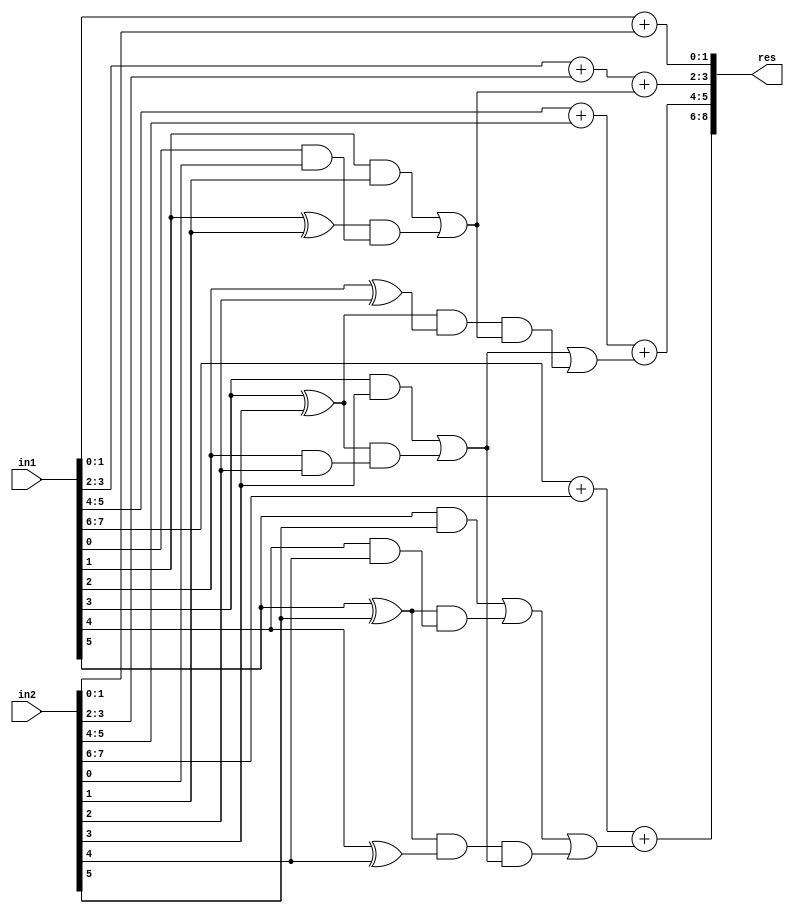
module GDA_St_N8_M4_P4(
    input  [7:0] in1,
    input  [7:0] in2,
    output [8:0] res
    );

wire [2:0] 	temp1, temp2, temp3, temp4;
wire 			carry_pred_1,carry_pred_2;

//C2
wire 			g0,g1,p0,p1;
wire			p1g0;
wire 			c2;

and and_0(g0,in1[0],in2[0]);
and and_1(g1,in1[1],in2[1]);
xor xor_0(p0,in1[0],in2[0]);
xor xor_1(p1,in1[1],in2[1]);

and and_2(p1g0,p1,g0);
or  or_1 (c2,g1,p1g0);

//C4
wire 			g2,g3,p2,p3;
wire			p3g2;
wire 			c4,p3p2,p3p2c2;

and and_3(g2,in1[2],in2[2]);
and and_4(g3,in1[3],in2[3]);
xor xor_2(p2,in1[2],in2[2]);
xor xor_3(p3,in1[3],in2[3]);

and and_5(p3g2,p3,g2);
or  or_2 (c4,g3,p3g2);

and and_6(p3p2,p3,p2);
and and_7(p3p2c2,p3p2,c2);
or  or_3 (carry_pred_1,c4,p3p2c2);

//C8
wire 			g4,g5,p4,p5;
wire			p5g4;
wire 			c6,p5p4,p5p4c4;

and and_8(g4,in1[4],in2[4]);
and and_9(g5,in1[5],in2[5]);
xor xor_4(p4,in1[4],in2[4]);
xor xor_5(p5,in1[5],in2[5]);

and and_10(p5g4,p5,g4);
or  or_4  (c6,g5,p5g4);

and and_11(p5p4,p5,p4);
and and_12(p5p4c4,p5p4,c4);
or  or_5 (carry_pred_2,c6,p5p4c4);

// Results

assign temp1[2:0] = in1[1:0] + in2[1:0];
assign temp2[2:0] = in1[3:2] + in2[3:2] + c2;
assign temp3[2:0] = in1[5:4] + in2[5:4] + carry_pred_1;
assign temp4[2:0] = in1[7:6] + in2[7:6] + carry_pred_2;
assign res[8:0] = {temp4[2:0],temp3[1:0],temp2[1:0],temp1[1:0]};

endmodule